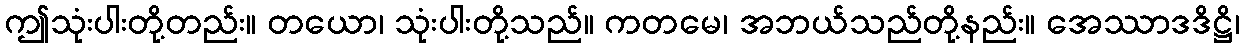
ဤသုံးပါးတို့တည်း။ တယော၊ သုံးပါးတို့သည်။ ကတမေ၊ အဘယ်သည်တို့နည်း။ အေဿာဒဒိဋ္ဌိ၊